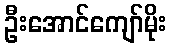
ဦးအောင်ကျော်မိုး